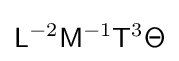
{\mathsf {L}}^{-2}{\mathsf {M}}^{-1}{\mathsf {T}}^{3}{\mathsf {\Theta }}